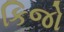
કિજો